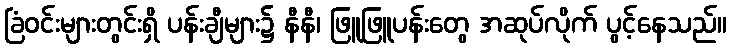
ခြံဝင်းများတွင်းရှိ ပန်းချီများ၌ နီနီ၊ ဖြူဖြူပန်းတွေ အဆုပ်လိုက် ပွင့်နေသည်။